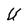
Character: U